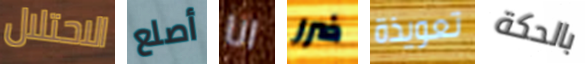
الاحتلال أصلع انا ضرر تعويذة بالحكة